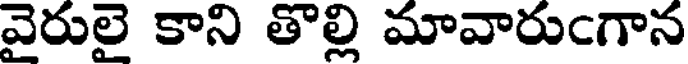
వైరులై కాని తొల్లి మావారుఁగాన